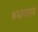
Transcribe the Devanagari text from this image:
श्र्धवास